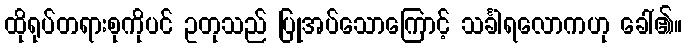
ထိုရုပ်တရားစုကိုပင် ဥတုသည် ပြုအပ်သောကြောင့် သင်္ခါရလောကဟု ခေါ်၏။